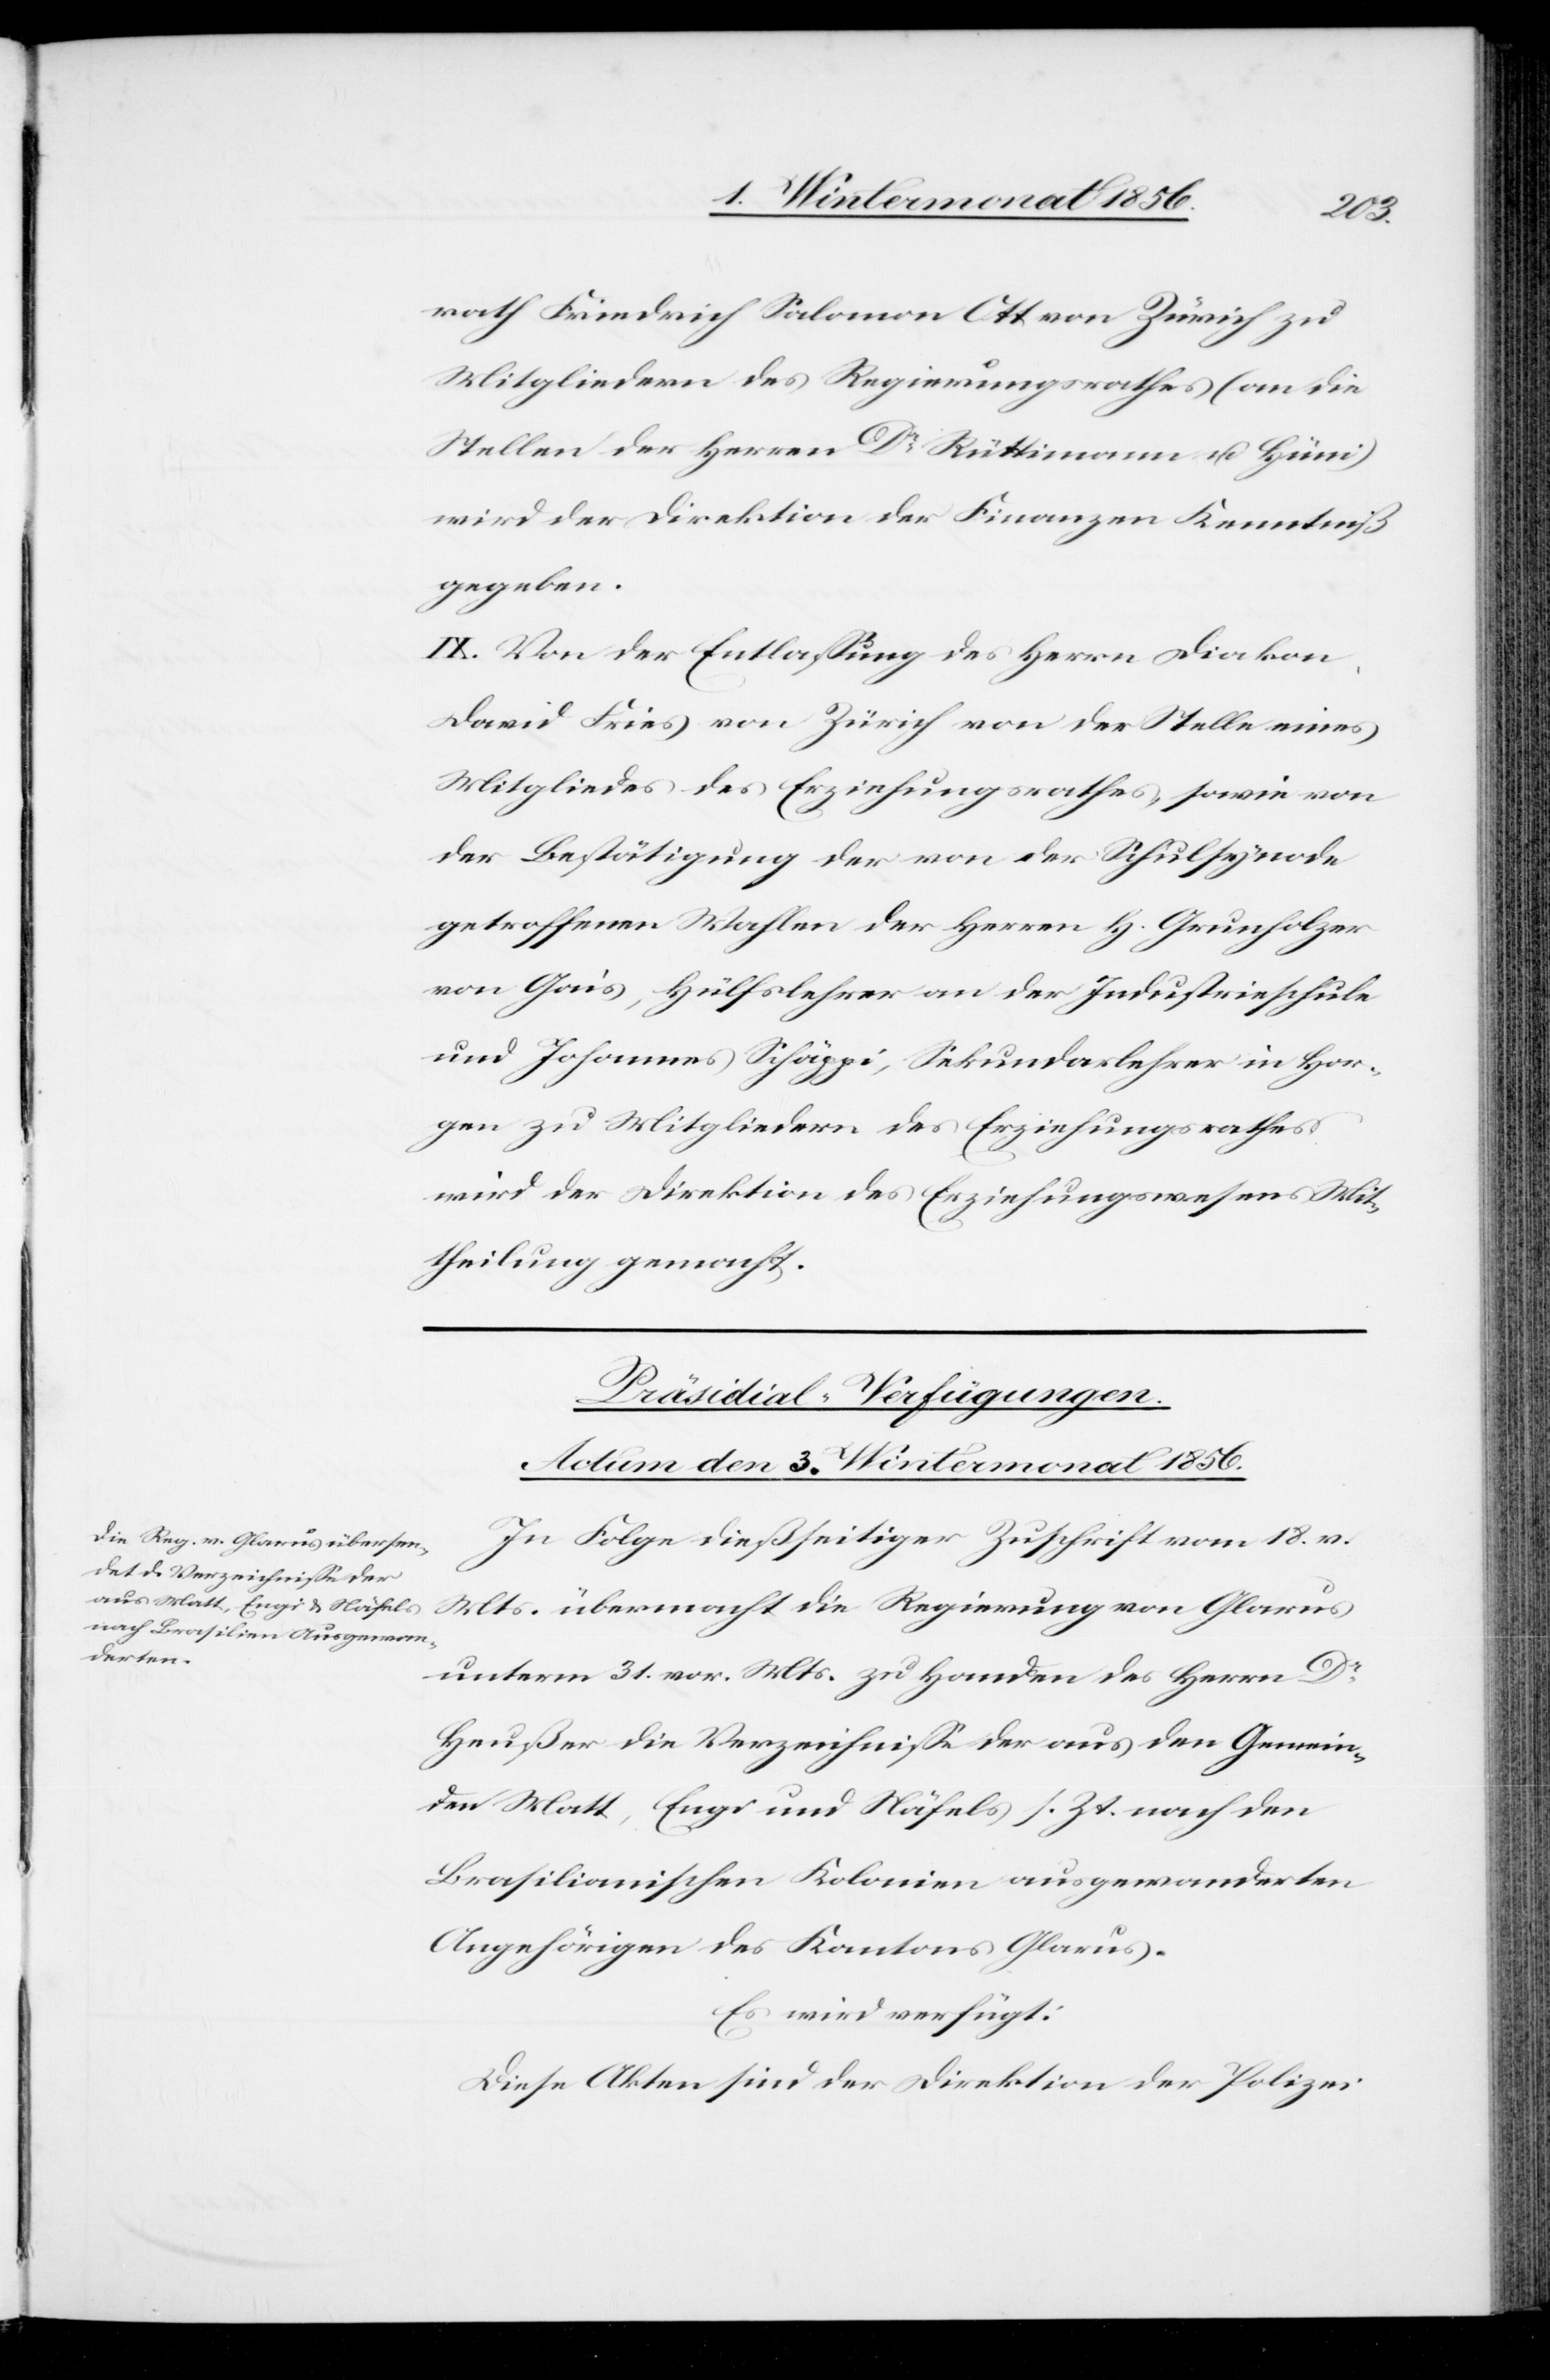
rath Friedrich Salomon Ott von Zürich zu
Mitgliedern des Regierungsrathes (an die
Stellen der Herren Dr Rüttimann u. Hüni)
wird der Direktion der Finanzen Kenntniß
gegeben.
IX. Von der Entlassung des Herrn Diakon
David Fries von Zürich von der Stelle eines
Mitgliedes des Erziehungsrathes, sowie von
der Bestätigung der von der Schulsynode
getroffenen Wahlen der Herren H. Grunholzer
von Gais, Hülfslehrer an der Industrieschule
und Johannes Schäppi, Sekundarlehrer in Hor¬
gen zu Mitgliedern des Erziehungsrathes
wird der Direktion des Erziehungswesens Mit¬
theilung gemacht.
Präsidial-Verfügungen.
Actum den 3. Wintermonat 1856.
In Folge dießseitiger Zuschrift vom 18. v.
Mts. übermacht die Regierung von Glarus
unterm 31. vor. Mts. zu Handen des Herrn Dr
Heußer die Verzeichnisse der aus den Gemein¬
den Matt, Engi und Näfels s. Zt. nach den
Brasilianischen Kolonien ausgewanderten
Angehörigen des Kantons Glarus.
Es wird verfügt:
Diese Akten sind der Direktion der Polizei